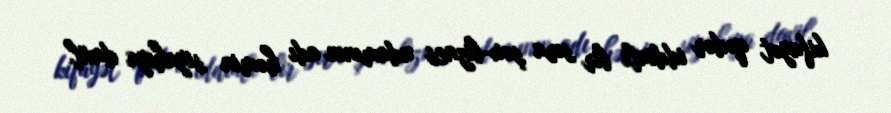
kifayət qədər iddialı bir sıra şou-biznes adamının adı həmin siyahıya daxil